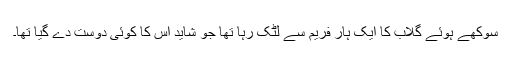
سوکھے ہوئے گلاب کا ایک ہار فریم سے لٹک رہا تھا جو شاید اس کا کوئی دوست دے گیا تھا۔